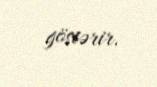
göstərir.